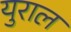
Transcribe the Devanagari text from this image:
युराल